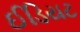
ઈડિયટ